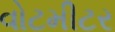
વોટમીટર